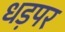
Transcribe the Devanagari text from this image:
धड़पर